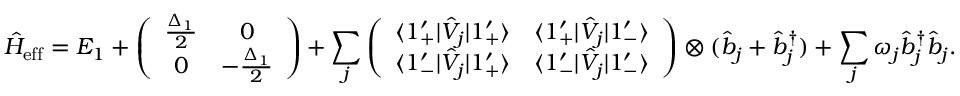
\hat { H } _ { \mathrm { e f f } } = E _ { 1 } + \left( \begin{array} { c c } { \frac { \Delta _ { 1 } } { 2 } } & { 0 } \\ { 0 } & { - \frac { \Delta _ { 1 } } { 2 } } \end{array} \right) + \sum _ { j } \left( \begin{array} { c c } { \langle 1 _ { + } ^ { \prime } | \hat { V } _ { j } | 1 _ { + } ^ { \prime } \rangle } & { \langle 1 _ { + } ^ { \prime } | \hat { V } _ { j } | 1 _ { - } ^ { \prime } \rangle } \\ { \langle 1 _ { - } ^ { \prime } | \hat { V } _ { j } | 1 _ { + } ^ { \prime } \rangle } & { \langle 1 _ { - } ^ { \prime } | \hat { V } _ { j } | 1 _ { - } ^ { \prime } \rangle } \end{array} \right) \otimes ( \hat { b } _ { j } + \hat { b } _ { j } ^ { \dagger } ) + \sum _ { j } \omega _ { j } \hat { b } _ { j } ^ { \dagger } \hat { b } _ { j } .